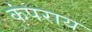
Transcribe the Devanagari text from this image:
कंपराय